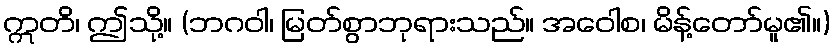
ဣတိ၊ ဤသို့။ (ဘဂဝါ၊ မြတ်စွာဘုရားသည်။ အဝေါစ၊ မိန့်တော်မူ၏။)